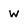
Character: W